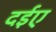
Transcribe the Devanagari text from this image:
दईए